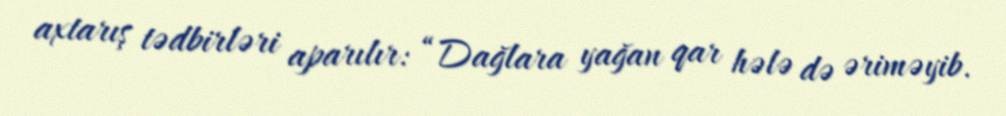
axtarış tədbirləri aparılır: “Dağlara yağan qar hələ də əriməyib.